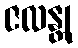
ဇလန္တု